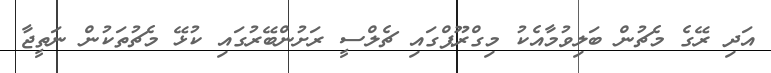
އަދި ރޭގެ މެޗުން ބަލިވުމާއެކު މިގްރޫޕްގައި ޗެލްސީ ރަށުންބޭރުގައި ކުޅޭ މެޗުތަކުން ނަތީޖާ